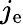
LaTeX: j_{\mathrm{e}}